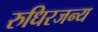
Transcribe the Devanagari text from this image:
रुधिरजन्य